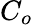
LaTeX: C_{o}